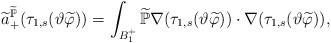
LaTeX: \begin{align*} \widetilde{a}_+^{\widetilde{\mathbb P}} (\tau_{1,s}(\vartheta \widetilde{\varphi}))= \int_{B_1^+} \widetilde{\mathbb P} \nabla (\tau_{1,s}(\vartheta \widetilde{\varphi})) \cdot \nabla (\tau_{1,s}(\vartheta \widetilde{\varphi})),\end{align*}